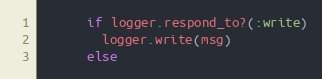
Language: Ruby
      if logger.respond_to?(:write)
        logger.write(msg)
      else